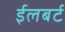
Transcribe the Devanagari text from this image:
ईलबर्ट